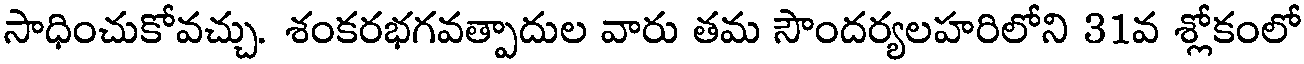
సాధించుకోవచ్చు. శంకరభగవత్పాదుల వారు తమ సౌందర్యలహరిలోని 31వ శ్లోకంలో